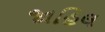
જાહિલ